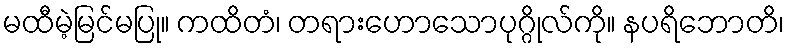
မထီမဲ့မြင်မပြု။ ကထိတံ၊ တရားဟောသောပုဂ္ဂိုလ်ကို။ နပရိဘောတိ၊